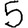
Digit: 5